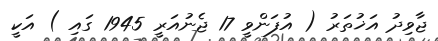
ޖާވިދު އަޚުތަރު ( އުފަންވީ 17 ޖެނުއަރީ 1945 ގައި ) އަކީ